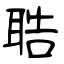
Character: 聕